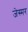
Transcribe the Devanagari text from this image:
जेस्मर